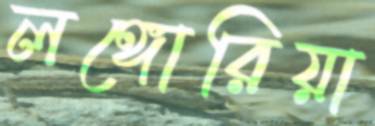
লঙ্গোরিয়া